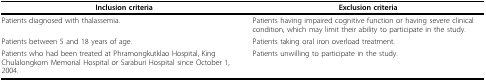
<table><thead><tr><td><b>Inclusion criteria</b></td><td><b>Exclusion criteria</b></td></tr></thead><tbody><tr><td>Patients diagnosed with thalassemia.</td><td>Patients having impaired cognitive function or having severe clinical condition, which may limit their ability to participate in the study.</td></tr><tr><td>Patients between 5 and 18 years of age.</td><td>Patients taking oral iron overload treatment.</td></tr><tr><td>Patients who had been treated at Phramongkutklao Hospital, King Chulalongkorn Memorial Hospital or Saraburi Hospital since October 1, 2004.</td><td>Patients unwilling to participate in the study.</td></tr></tbody></table>